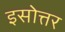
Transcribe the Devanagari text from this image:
इसोत्तर